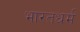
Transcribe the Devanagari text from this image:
भारतधर्म